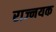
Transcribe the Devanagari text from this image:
राज्नयक